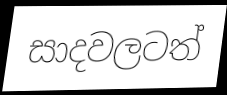
සාදවලටත්